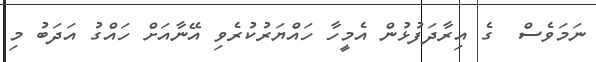
ނަމަވެސް  ގެ އިރާދަފުޅުން އެމީހާ ހައްޔަރުކުރެވި އޭނާއަށް ހައްގު އަދަބު މި